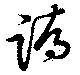
蹻